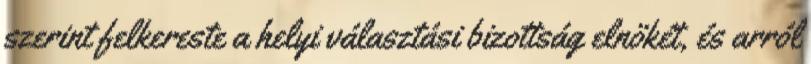
szerint felkereste a helyi választási bizottság elnökét, és arról